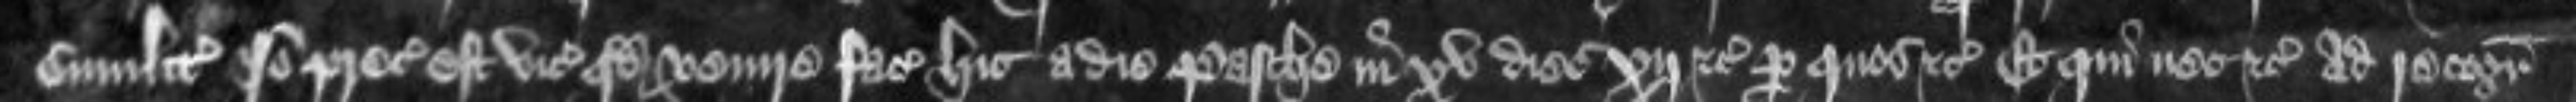
similiter Ideo preceptum est vicecomiti quod venire faciat hic a die Pasche in xv dies xii etc Per quos etc Et qui nec etc ad recognoscendum